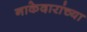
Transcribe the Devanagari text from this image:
नाकेदारांच्या